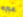
عبره